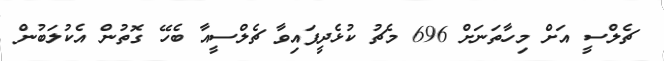
ޗެލްސީ އަށް މިހާތަނަށް 696 މެޗު ކުޅެދީފައިވާ ޗެލްސީއާ ބެހޭ ގޮތުން އެކުލަބުން